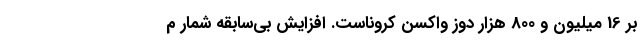
بر 16 میلیون و 800 هزار دوز واکسن کروناست. افزایش بی‌سابقه شمار م